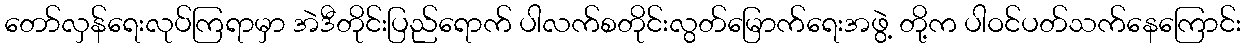
တော်လှန်ရေးလုပ်ကြရာမှာ အဲဒီတိုင်းပြည်ရောက် ပါလက်စတိုင်းလွတ်မြောက်ရေးအဖွဲ့ တို့က ပါဝင်ပတ်သက်နေကြောင်း